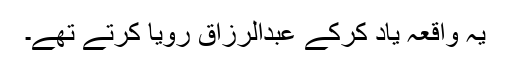
یہ واقعہ یاد کرکے عبدالرزاق رویا کرتے تھے۔